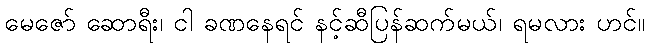
မေဇော် ဆောရီး၊ ငါ ခဏနေရင် နင့်ဆီပြန်ဆက်မယ်၊ ရမလား ဟင်။